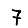
Digit: 7